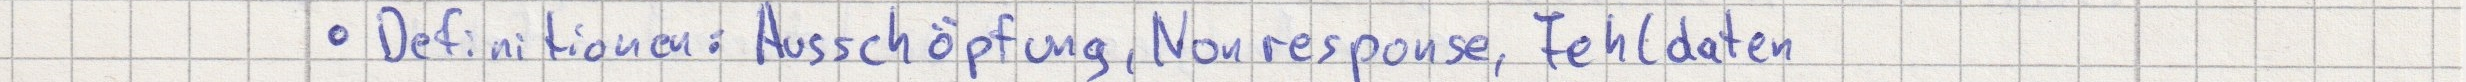
- Definitionen: Ausschöpfung, Nonresponse, Fehldaten